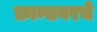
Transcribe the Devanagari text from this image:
फ्रान्सवरचे